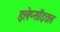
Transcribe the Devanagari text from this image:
इलेप्सॉइडल